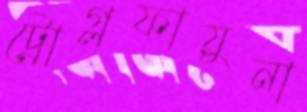
ট্রোগ্লফায়ুনা